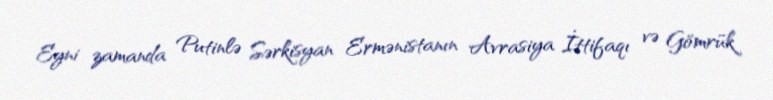
Eyni zamanda Putinlə Sərkisyan Ermənistanın Avrasiya İttifaqı və Gömrük